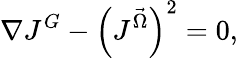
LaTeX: \nabla J^{G}-\left(J^{\vec{\Omega}}\right)^{2}=0,